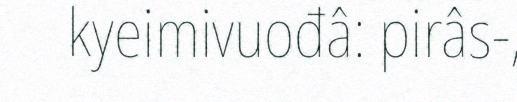
kyeimivuođâ: pirâs-,